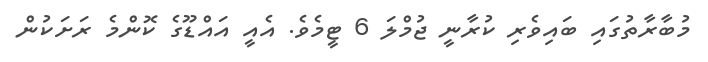
މުބާރާތުގައި ބައިވެރި ކުރާނީ ޖުމްލަ 6 ޓީމެވެ. އެއީ އައްޑޫގެ ކޮންމެ ރަށަކުން